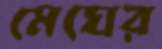
মেঘের